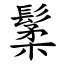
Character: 䰆